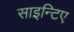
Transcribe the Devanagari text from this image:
साइन्टिए